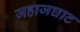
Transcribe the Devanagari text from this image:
जहाजघाट